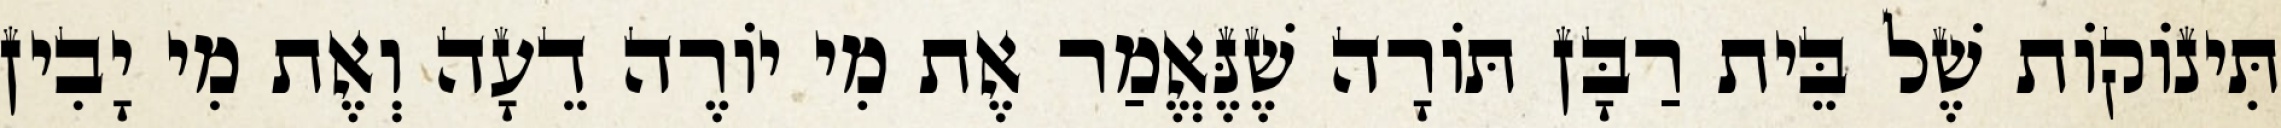
תִּינוֹקוֹת שֶׁל בֵּית רַבָּן תּוֹרָה שֶׁנֶּאֱמַר אֶת מִי יוֹרֶה דֵעָה וְאֶת מִי יָבִין